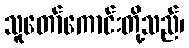
သူတော်ကောင်းတို့သည်၊